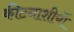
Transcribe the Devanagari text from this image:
कीटनाशीयों